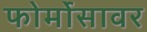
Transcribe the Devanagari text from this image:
फोर्मोसावर